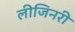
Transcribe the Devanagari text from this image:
लीजिनरी